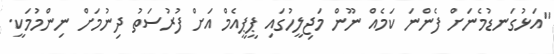
''އަޅުގަނޑުމެނަށް ފެންނަ ކަމެއް ނޫން މަޖިލީހުގައި ޕީޕީއެމް އަށް ފުރުސަތު ދިނުމަށް ނިންމުމަކީ.